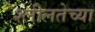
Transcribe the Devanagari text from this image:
श्लीलतेच्या